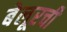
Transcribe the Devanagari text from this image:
बेलूरची